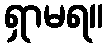
ရှာမရ။